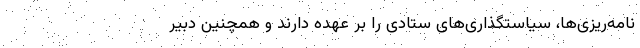
نامه‌ریزی‌ها، سیاستگذاری‌های ستادی را بر عهده دارند و همچنین دبیر